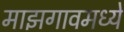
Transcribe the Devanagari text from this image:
माझगावमध्ये